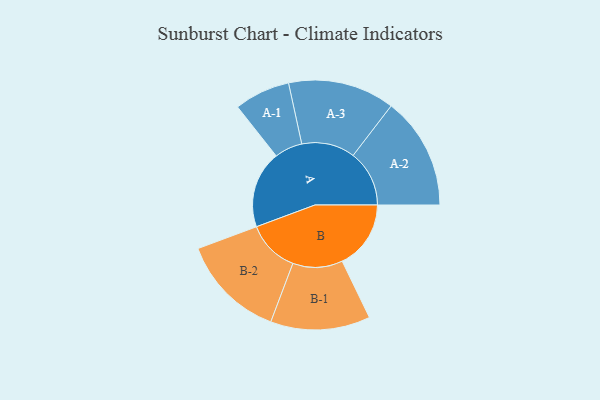
{"axis": {"x": "Segment", "y": "Value"}, "legend": ["", "A", "B"], "data": [{"x": "A", "y": 401, "type": ""}, {"x": "B", "y": 357, "type": ""}, {"x": "A-1", "y": 145, "type": "A"}, {"x": "A-2", "y": 292, "type": "A"}, {"x": "A-3", "y": 277, "type": "A"}, {"x": "B-1", "y": 259, "type": "B"}, {"x": "B-2", "y": 272, "type": "B"}]}